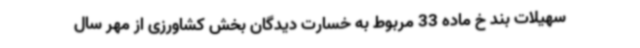
سهیلات بند خ ماده 33 مربوط به خسارت دیدگان بخش کشاورزی از مهر سال